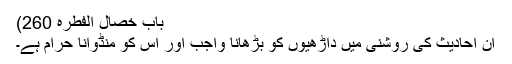
باب خصال الفطرہ 260)
ان احادیث کی روشنی میں داڑھیوں کو بڑھانا واجب اور اس کو منڈوانا حرام ہے۔